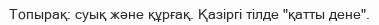
Топырақ: суық және құрғақ. Қазіргі тілде "қатты дене".